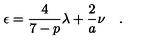
\epsilon = \frac { 4 } { 7 - p } { \lambda } + \frac { 2 } { a } \nu \quad .